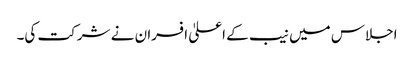
اجلاس میں نیب کے اعلیٰ افسران نے شرکت کی۔